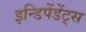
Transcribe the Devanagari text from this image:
इन्डिपेंडेंट्स